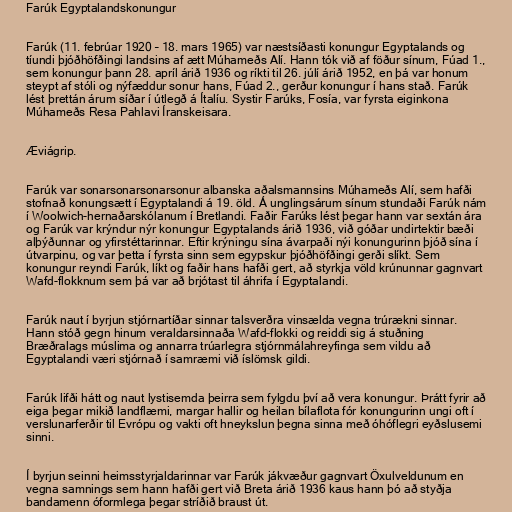
Farúk Egyptalandskonungur

Farúk (11. febrúar 1920 – 18. mars 1965) var næstsíðasti konungur Egyptalands og
tíundi þjóðhöfðingi landsins af ætt Múhameðs Alí. Hann tók við af föður sínum, Fúad 1.,
sem konungur þann 28. apríl árið 1936 og ríkti til 26. júlí árið 1952, en þá var honum
steypt af stóli og nýfæddur sonur hans, Fúad 2., gerður konungur í hans stað. Farúk
lést þrettán árum síðar í útlegð á Ítalíu. Systir Farúks, Fosía, var fyrsta eiginkona
Múhameðs Resa Pahlavi Íranskeisara.

Æviágrip.

Farúk var sonarsonarsonarsonur albanska aðalsmannsins Múhameðs Alí, sem hafði
stofnað konungsætt í Egyptalandi á 19. öld. Á unglingsárum sínum stundaði Farúk nám
í Woolwich-hernaðarskólanum í Bretlandi. Faðir Farúks lést þegar hann var sextán ára
og Farúk var krýndur nýr konungur Egyptalands árið 1936, við góðar undirtektir bæði
alþýðunnar og yfirstéttarinnar. Eftir krýningu sína ávarpaði nýi konungurinn þjóð sína í
útvarpinu, og var þetta í fyrsta sinn sem egypskur þjóðhöfðingi gerði slíkt. Sem
konungur reyndi Farúk, líkt og faðir hans hafði gert, að styrkja völd krúnunnar gagnvart
Wafd-flokknum sem þá var að brjótast til áhrifa í Egyptalandi.

Farúk naut í byrjun stjórnartíðar sinnar talsverðra vinsælda vegna trúrækni sinnar.
Hann stóð gegn hinum veraldarsinnaða Wafd-flokki og reiddi sig á stuðning
Bræðralags múslima og annarra trúarlegra stjórnmálahreyfinga sem vildu að
Egyptalandi væri stjórnað í samræmi við íslömsk gildi.

Farúk lifði hátt og naut lystisemda þeirra sem fylgdu því að vera konungur. Þrátt fyrir að
eiga þegar mikið landflæmi, margar hallir og heilan bílaflota fór konungurinn ungi oft í
verslunarferðir til Evrópu og vakti oft hneykslun þegna sinna með óhóflegri eyðslusemi
sinni.

Í byrjun seinni heimsstyrjaldarinnar var Farúk jákvæður gagnvart Öxulveldunum en
vegna samnings sem hann hafði gert við Breta árið 1936 kaus hann þó að styðja
bandamenn óformlega þegar stríðið braust út.